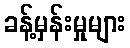
ခန့်မှန်းမှုများ